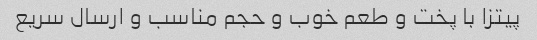
پیتزا با پخت و طعم خوب و حجم مناسب و ارسال سریع